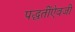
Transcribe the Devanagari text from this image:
पद्धतींऐवजी